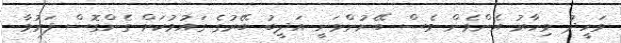
ވަހީދު މިހާރު އެންމެން ވެސް ބޭނުންވަނީ އަދީބު ބޭރުގެ ގައުމުކަށް ގެންގޮސް ފަރުވާ